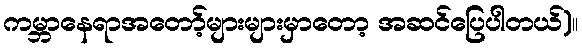
ကမ္ဘာနေရာအတော့်များများမှာတော့ အဆင်ပြေပါတယ်)။